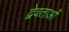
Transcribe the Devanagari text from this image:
द्वेवताओं